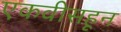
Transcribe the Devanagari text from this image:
एकवीसहून